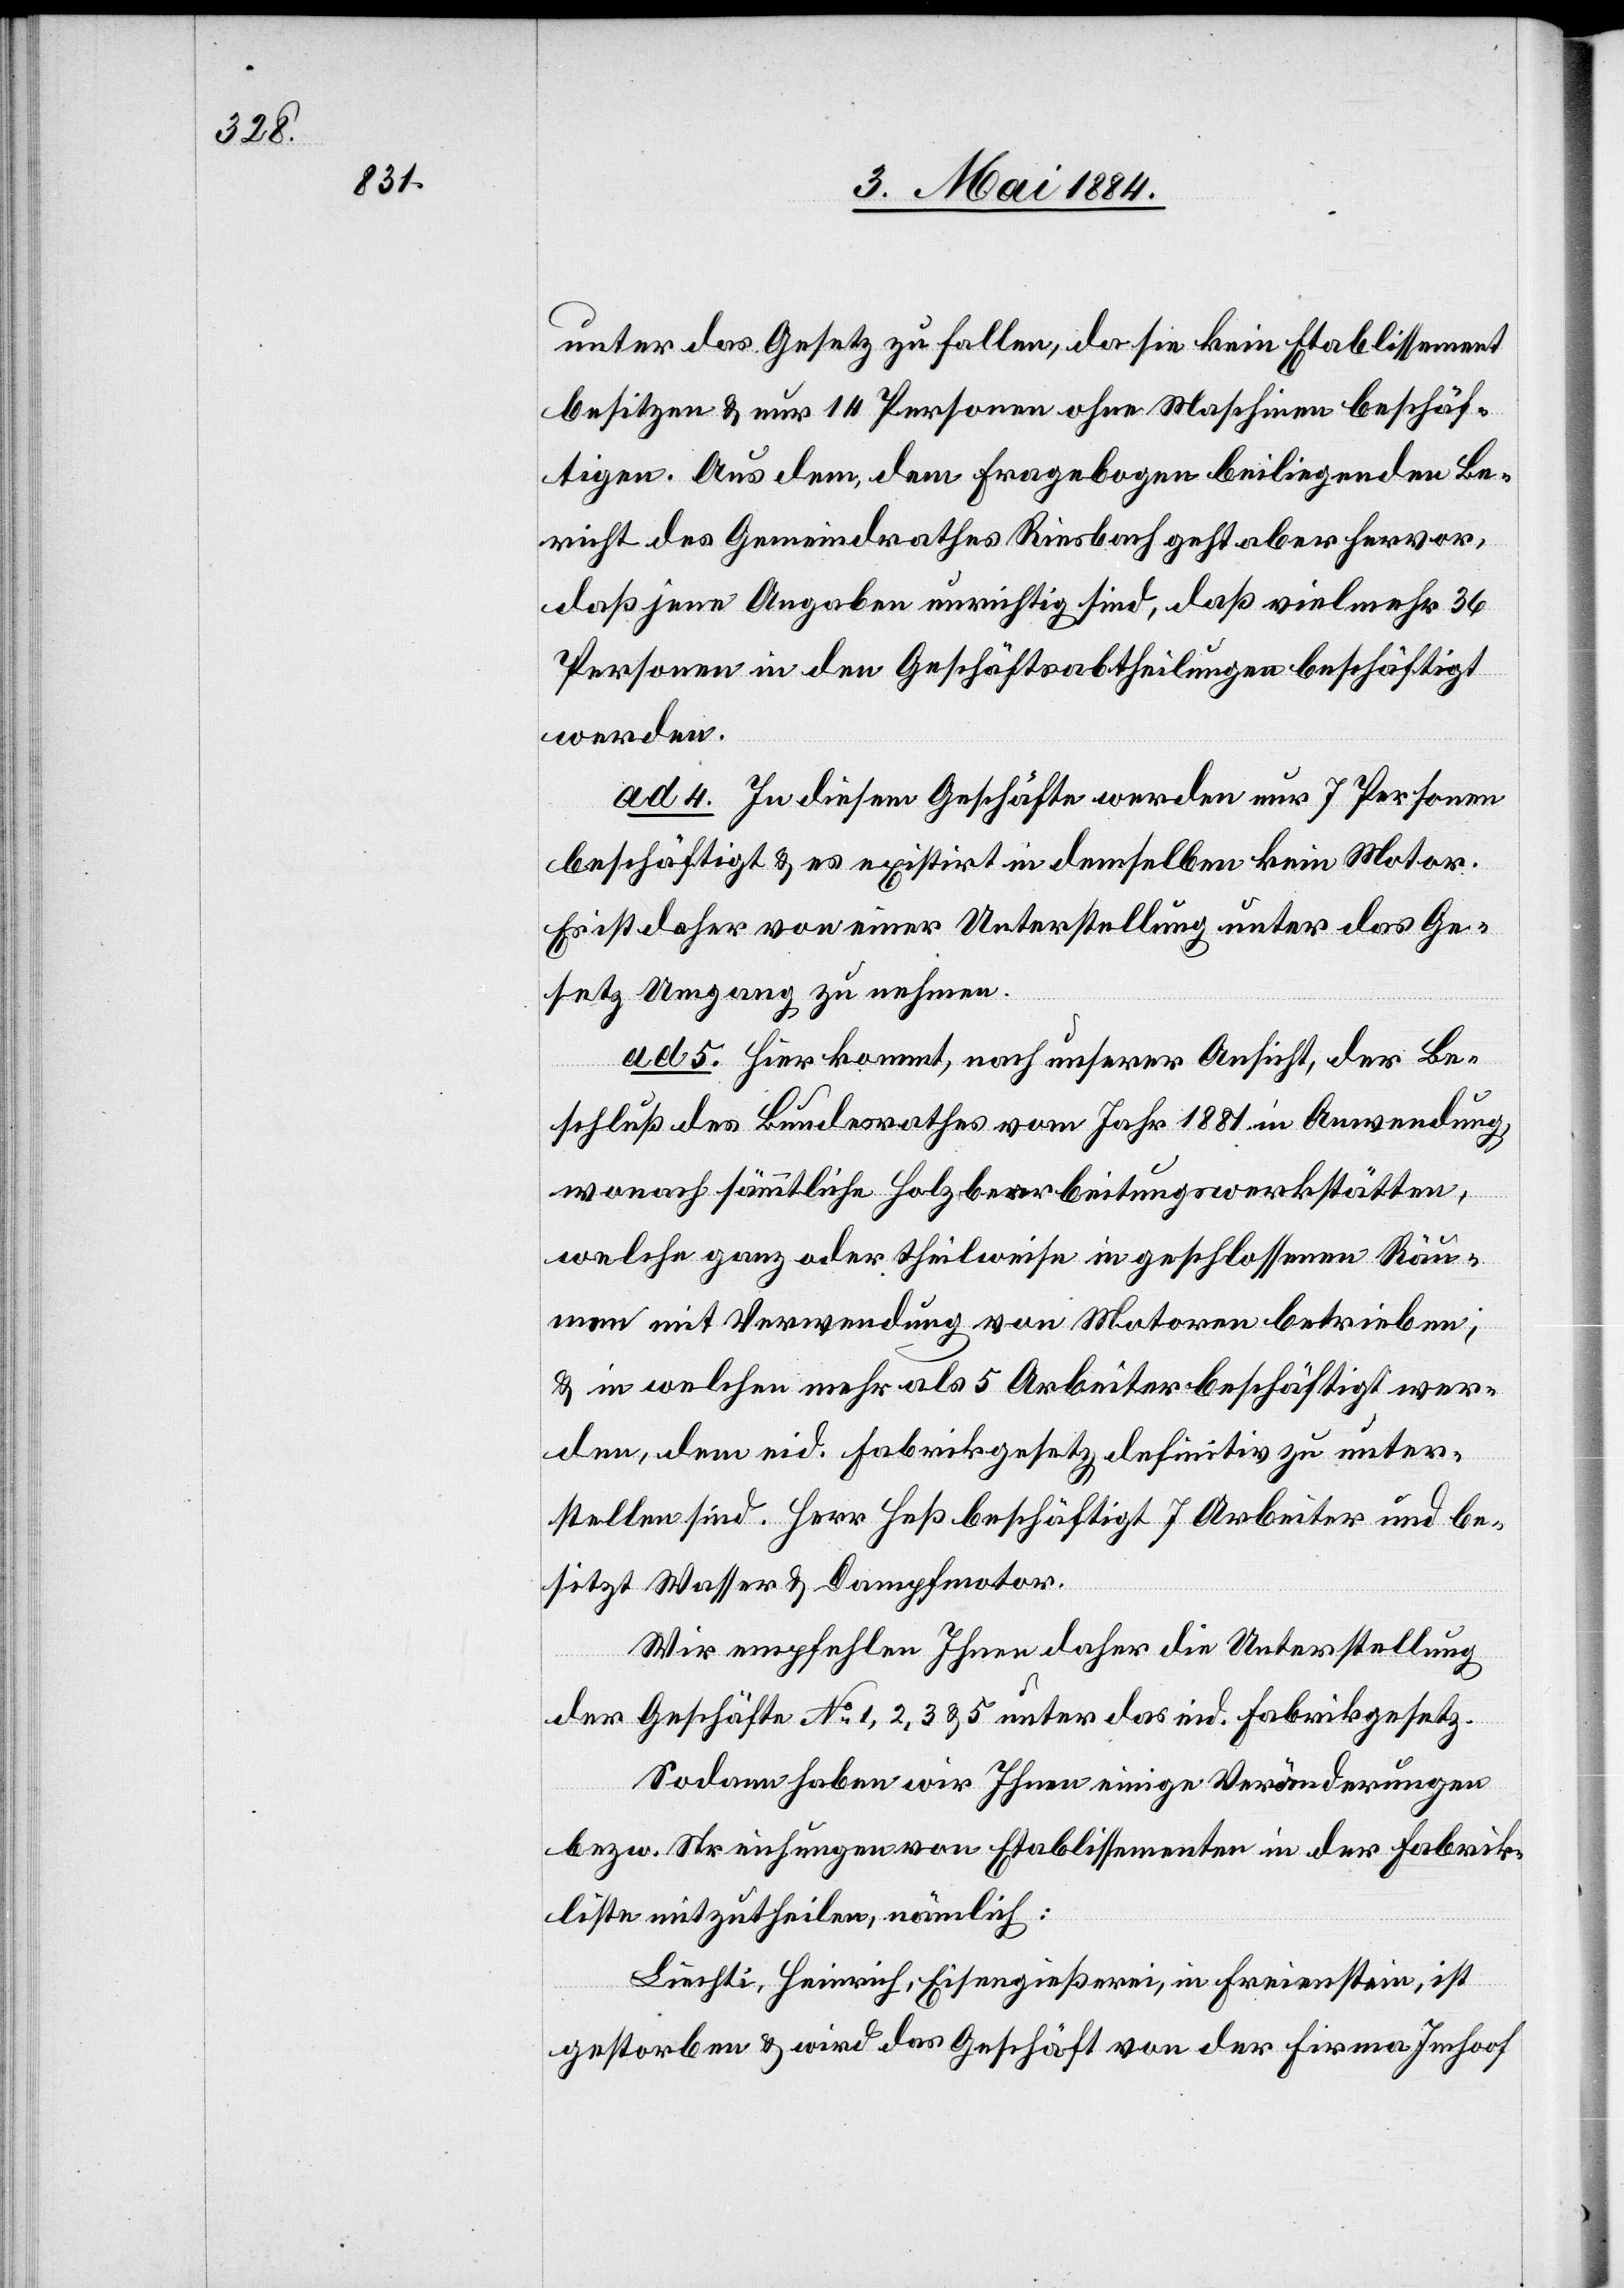
unter das Gesetz zu fallen, da sie kein Etablissement
besitzen & nur 14 Personen ohne Maschinen beschäf¬
tigen. Aus dem, dem Fragebogen beiliegenden Be¬
richt des Gemeindrathes Riesbach geht aber hervor,
daß jene Angaben unrichtig sind, daß vielmehr 36
Personen in den Geschäftsabtheilungen beschäftigt
werden.
ad 4. In diesem Geschäfte werden nur 7 Personen
beschäftigt & es existirt in demselben kein Motor.
Es ist daher von einer Unterstellung unter das Ge¬
setz Umgang zu nehmen.
ad 5. Hier kommt, nach unserer Ansicht, der Be¬
schluß des Bundesrathes vom Jahr 1881 in Anwendung,
wonach sämmtliche Holzbearbeitungswerkstätten,
welche ganz oder theilweise in geschlossenen Räu¬
men mit Verwendung von Motoren betrieben,
& in welchen mehr als 5 Arbeiter beschäftigt wer¬
den, dem eid. Fabrikgesetz definitiv zu unter¬
stellen sind. Herr Heß beschäftigt 7 Arbeiter und be¬
sitzt Wasser & Dampfmotor.
Wir empfehlen Ihnen daher die Unterstellung
der Geschäfte No 1, 2, 3 & 5 unter das eid. Fabrikgesetz.
Sodann haben wir Ihnen einige Veränderungen
bezw. Streichungen von Etablissementen in der Fabrik¬
liste mitzutheilen, nämlich:
Liechti, Heinrich, Eisengießerei, in Freienstein, ist
gestorben & wird das Geschäft von der Firma Imhoof